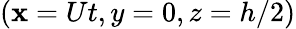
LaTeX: (\mathbf{x}=Ut,y=0,z=h/2)